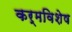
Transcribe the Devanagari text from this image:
कर्मविशेष